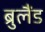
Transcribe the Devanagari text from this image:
ब्रुलैंड